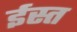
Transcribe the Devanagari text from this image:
ईस्त